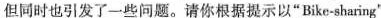
但同时也引发了一些问题.请你根据提示以"Bike-sharing"